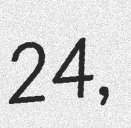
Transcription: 24,